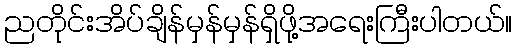
ညတိုင်းအိပ်ချိန်မှန်မှန်ရှိဖို့အရေးကြီးပါတယ်။